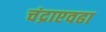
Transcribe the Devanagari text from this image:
चंद्राएवढा